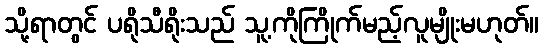
သို့ရာတွင် ပရိုသီရိုးသည် သူ့ကိုကြိုက်မည့်လူမျိုးမဟုတ်။